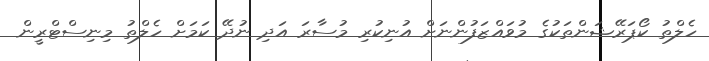
ހެލްތު ކޯޕަރޭޝަންތަކުގެ މުވައްޒަފުންނަށް އުނިކުރި މުސާރަ އަދި ނުދޭ ކަމަށް ހެލްތު މިނިސްޓްރީން